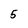
Character: 5